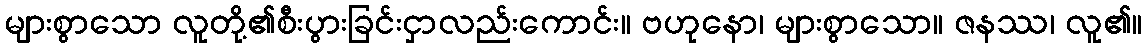
များစွာသော လူတို့၏စီးပွားခြင်းငှာလည်းကောင်း။ ဗဟုနော၊ များစွာသော။ ဇနဿ၊ လူ၏။